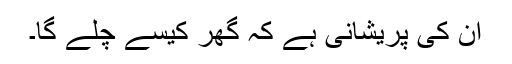
ان کی پریشانی ہے کہ گھر کیسے چلے گا۔